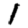
Digit: 1